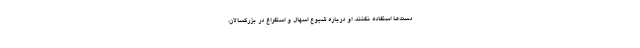
دست‌ها استفاده نکنند. او درباره شیوع اسهال و استفراغ در بزرگسالان،‌